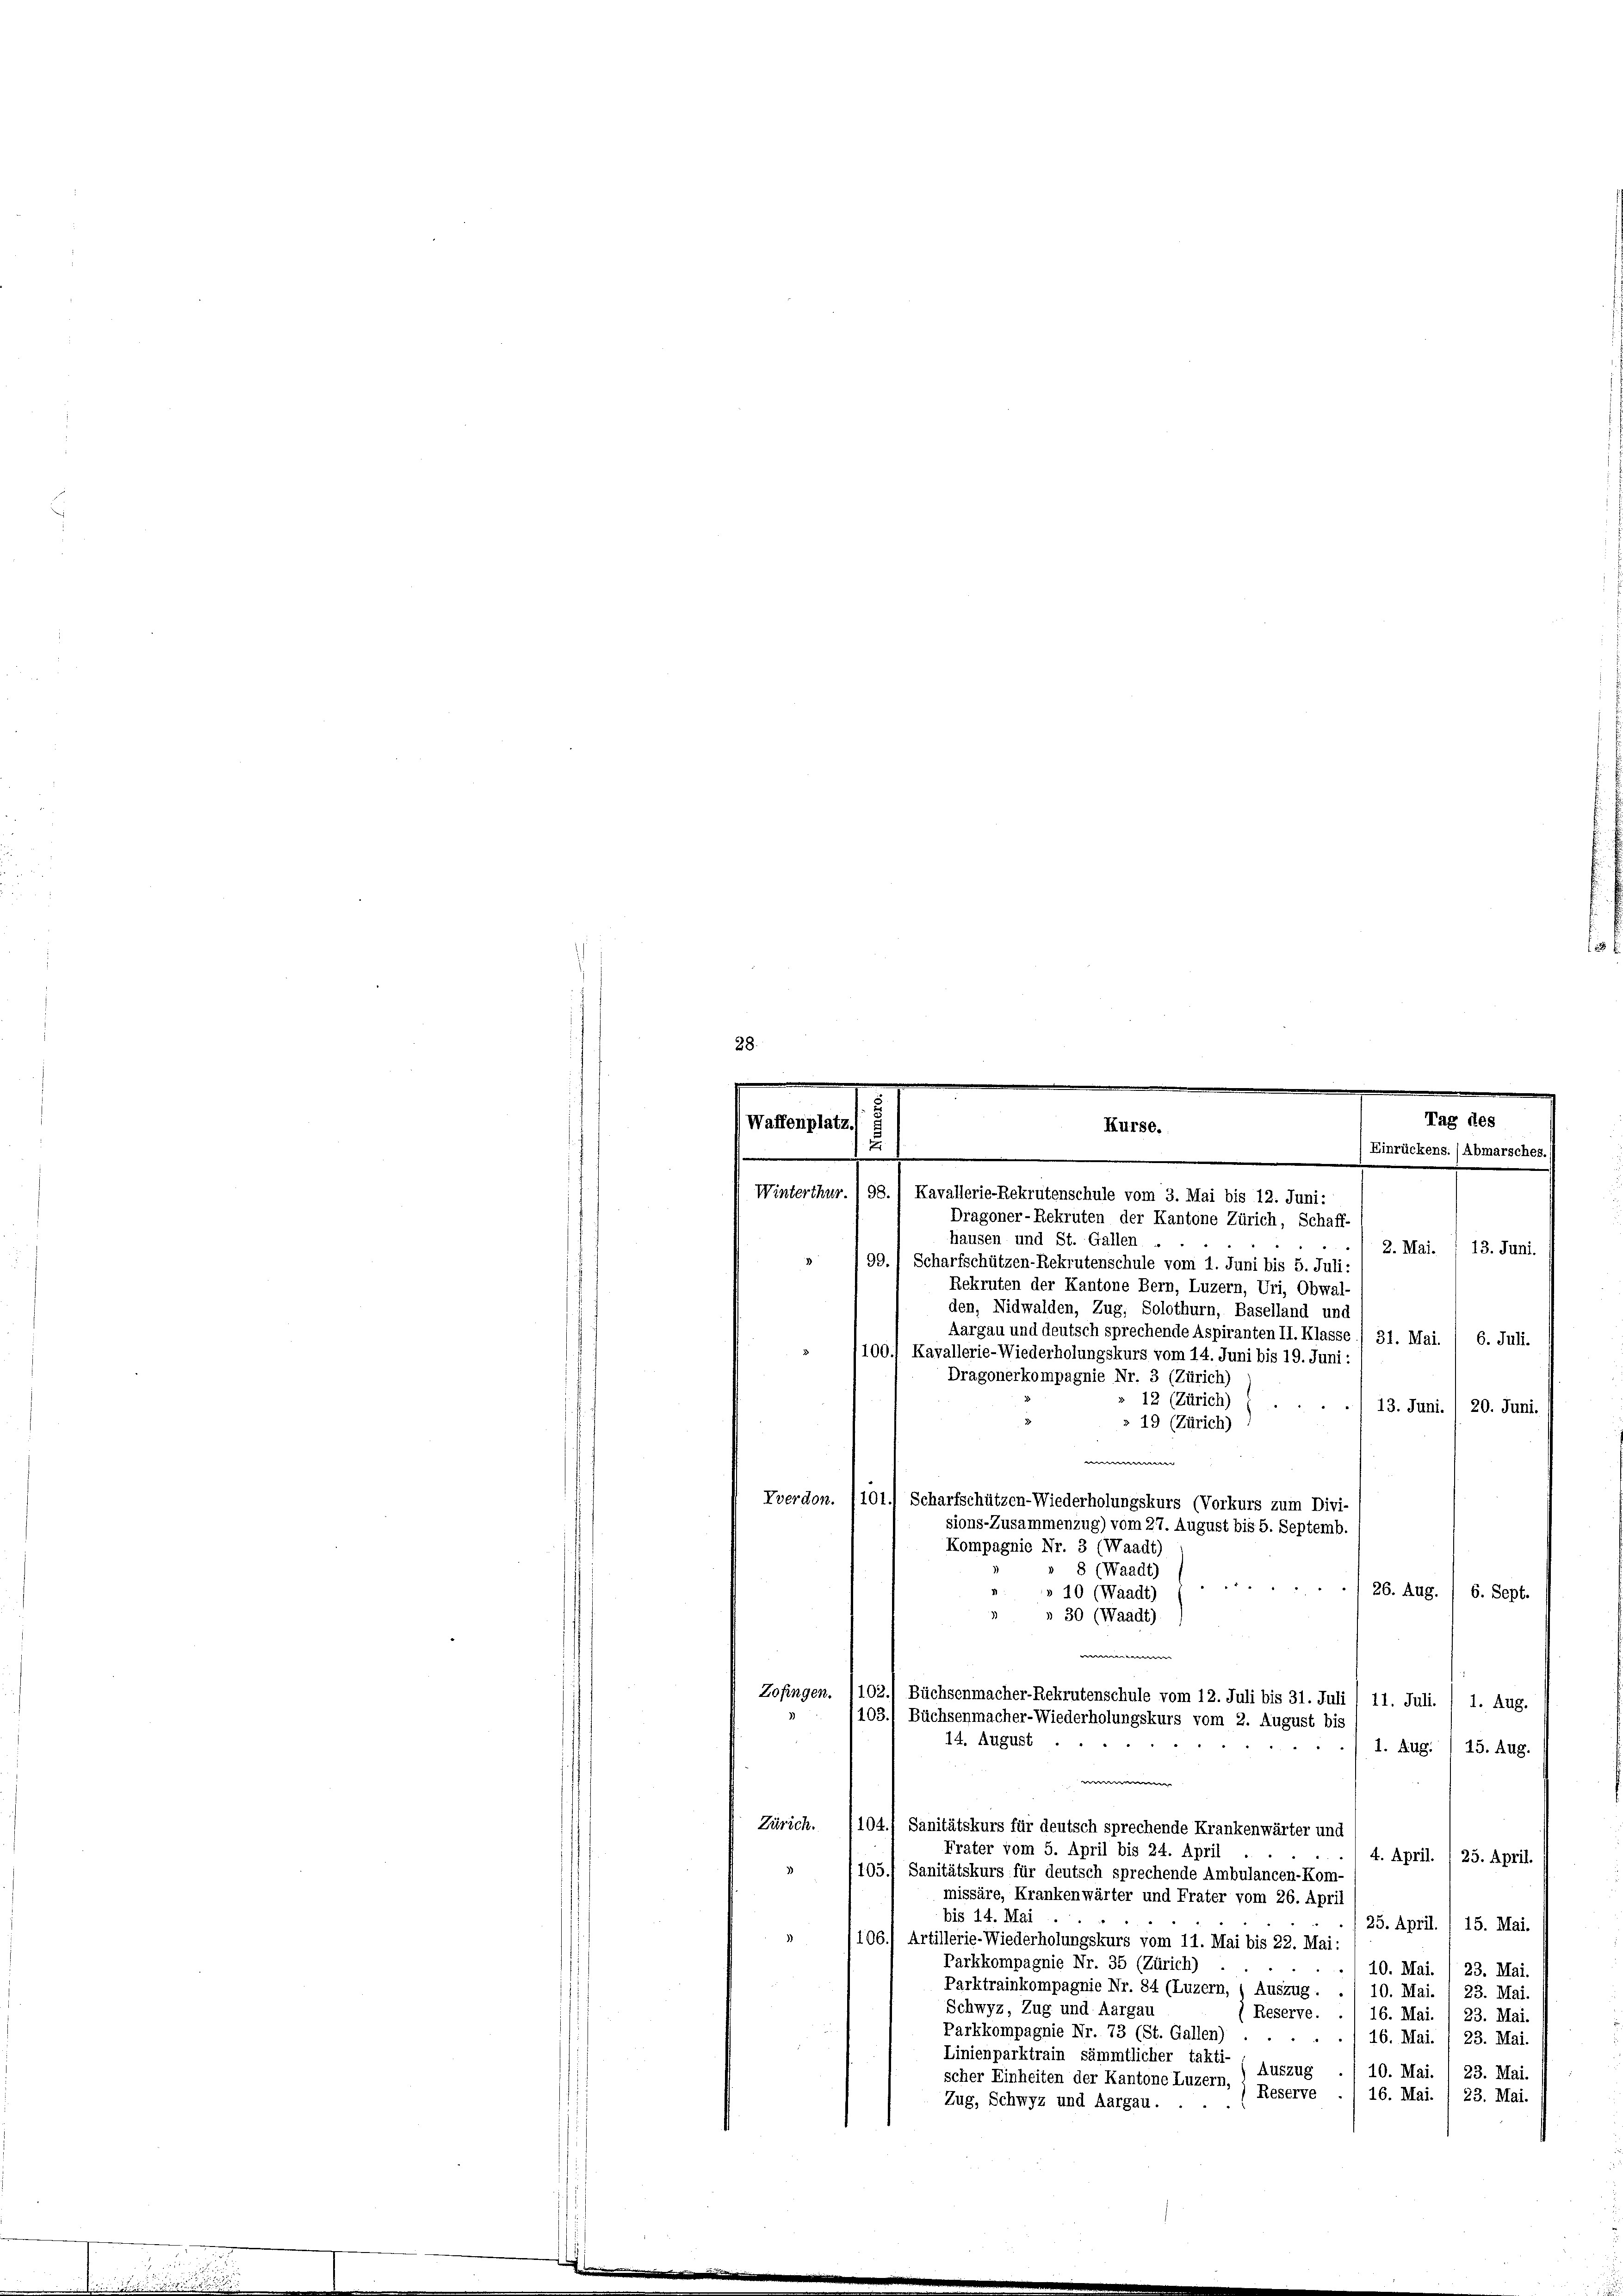
28.

.
.
.
.
Tag des
Waffenplatz.
Kurse.
.
Einrückens. (Abmarsches.)

Winterthur./98.) Kavallerie-Rekrutenschule vom 3. Mai bis 12. Juni:
Dragoner-Rekruten der Kantone Zürich, Schaff-

hausen und St. Gallen . .
2. Mai. 1 13. Juni.
99.) Scharfschützen-Rekrutenschule vom 1. Juni bis 5. Juli:
Rekruten der Kantone Bern, Luzern, Uri, Obwal-
den, Nidwalden, Zug, Solothurn, Baselland und
Aargau und deutsch sprechende Aspiranten II. Klasse) 31. Mai. / 6. Juli.
100.) Kavallerie-Wiederholungskurs vom 14. Juni bis 19. Juni:
Dragonerkompagnie Nr. 3 (Zürich)
12 (Zürich)
13. Juni. / 20. Juni.
» 19 (Zürich)
w
Vverdon. 1101.) Scharfschützen-Wiederholungskurs (Vorkurs zum Divi-
sions-Zusammenzug) vom 27. August bis 5. Septemb.
Kompagnie Nr. 3 (Waadt)
» 8 (Waadt)

26. Aug.
» 10 (Waadt
6. Sept.
» 30 (Waadt)
e
Zofingen. 1102./ Büchsenmacher-Rekrutenschule vom 12. Juli bis 31. Juli / 11. Juli. / 1. Aug.
103. Büchsenmacher-Wiederholungskurs vom 2. August bis
14. August
1. Aug. ) 15. Aug.
e
Zürich. (104., Sanitätskurs für deutsch sprechende Krankenwärter und
Frater vom 5. April bis 24. April
4. April. 1 25. April.
105.) Sanitätskurs für deutsch sprechende Ambulancen-Kom-
missäre, Krankenwärter und Frater vom 26. April
bis 14. Mai
(25. April. 1 15. Mai.
106.) Artillerie-Wiederholungskurs vom 11. Mai bis 22. Mai:
Parkkompagnie Nr. 35 (Zürich)
10. Mai. / 23. Mai.
Parktrainkompagnie Nr. 84 (Luzern, (Auszug.
10. Mai. / 23. Mai.
Schwyz, Zug und Aargau
(Reserve.
16. Mai.
23. Mai.
Parkkompagnie Nr. 73 (St. Gallen)
16. Mai.
"
23. Mai.
Linienparktrain sämmtlicher takti-
Auszug
10. Mai. 23. Mai.
scher Einheiten der Kantone Luzern, ) Reserve
16. Mai. 23. Mai.
Zug, Schwyz und Aargau.